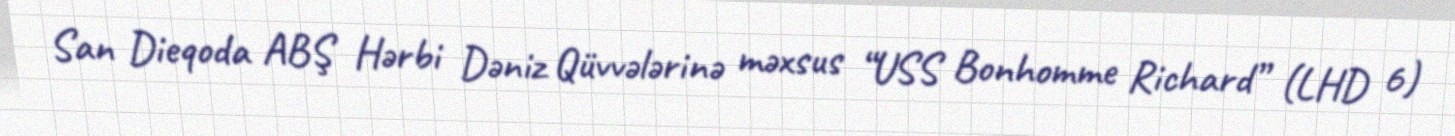
San Dieqoda ABŞ Hərbi Dəniz Qüvvələrinə məxsus “USS Bonhomme Richard” (LHD 6)